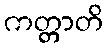
ကတ္တာတိ